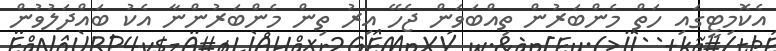
އެކޮމިޓީގައި ހަތް މެންބަރުން ތިއްބަވަން ޖެހޭ އިރު ތިން މެންބަރުންނާ އެކު ބައްދަލުވުން